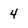
Character: 4